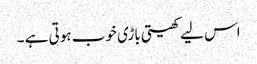
اس لیے کھیتی باڑی خوب ہوتی ہے ۔